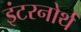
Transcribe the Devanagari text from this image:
इंटरनोर्थ